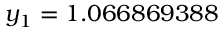
y _ { 1 } = 1 . 0 6 6 8 6 9 3 8 8